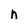
Character: n